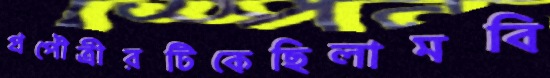
প্রপৌত্রীরটিকেছিলামবি